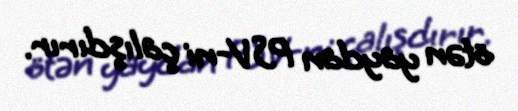
ötən yaydan PSV-ni çalışdırır.